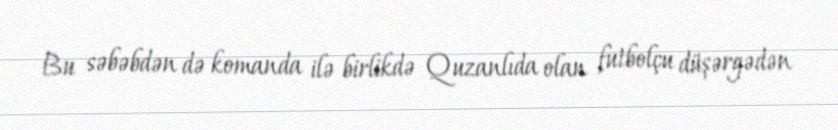
Bu səbəbdən də komanda ilə birlikdə Quzanlıda olan futbolçu düşərgədən